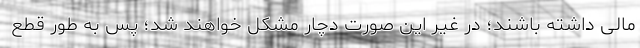
مالی داشته باشند؛ در غیر این صورت دچار مشکل خواهند شد؛ پس به طور قطع